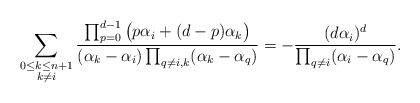
LaTeX: \begin{align*}\sum_{\begin{subarray}{c}0\leq k\leq n+1\\k\neq i\end{subarray}}\frac{\prod_{p=0}^{d-1}\big(p\alpha_i+(d-p) \alpha_k\big)}{(\alpha_k- \alpha_i)\prod_{q\neq i,k}(\alpha_k- \alpha_q)}=-\frac{(d \alpha_i)^{d}}{\prod_{q\neq i}(\alpha_i- \alpha_q)}.\end{align*}